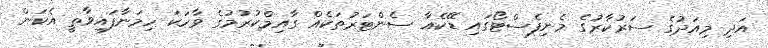
އަދި މިއަދުގެ ސަރުކާރުގެ މެނިފެސްޓޯގައި ޑޭކެއާ ސެންޓަރުތަކެއް ގާއިމްކުރުމުގެ ވާހަކަ ހިމަނާފައިވާތީ އެކަން